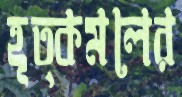
হূত্কমলের